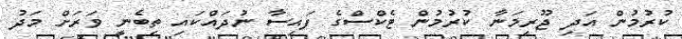
ކުރުމުން އަދި ޖޫރިމަނާ ކުރުމުން ޓެކްސްގެ ފައިސާ ނުދައްކައި ތިބެނީ ވަރަށް މަދު